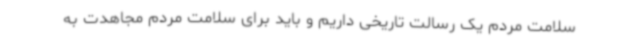
سلامت مردم یک رسالت تاریخی داریم و باید برای سلامت مردم مجاهدت به